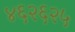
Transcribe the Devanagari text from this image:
४६२६२५